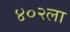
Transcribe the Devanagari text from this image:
४०२ला